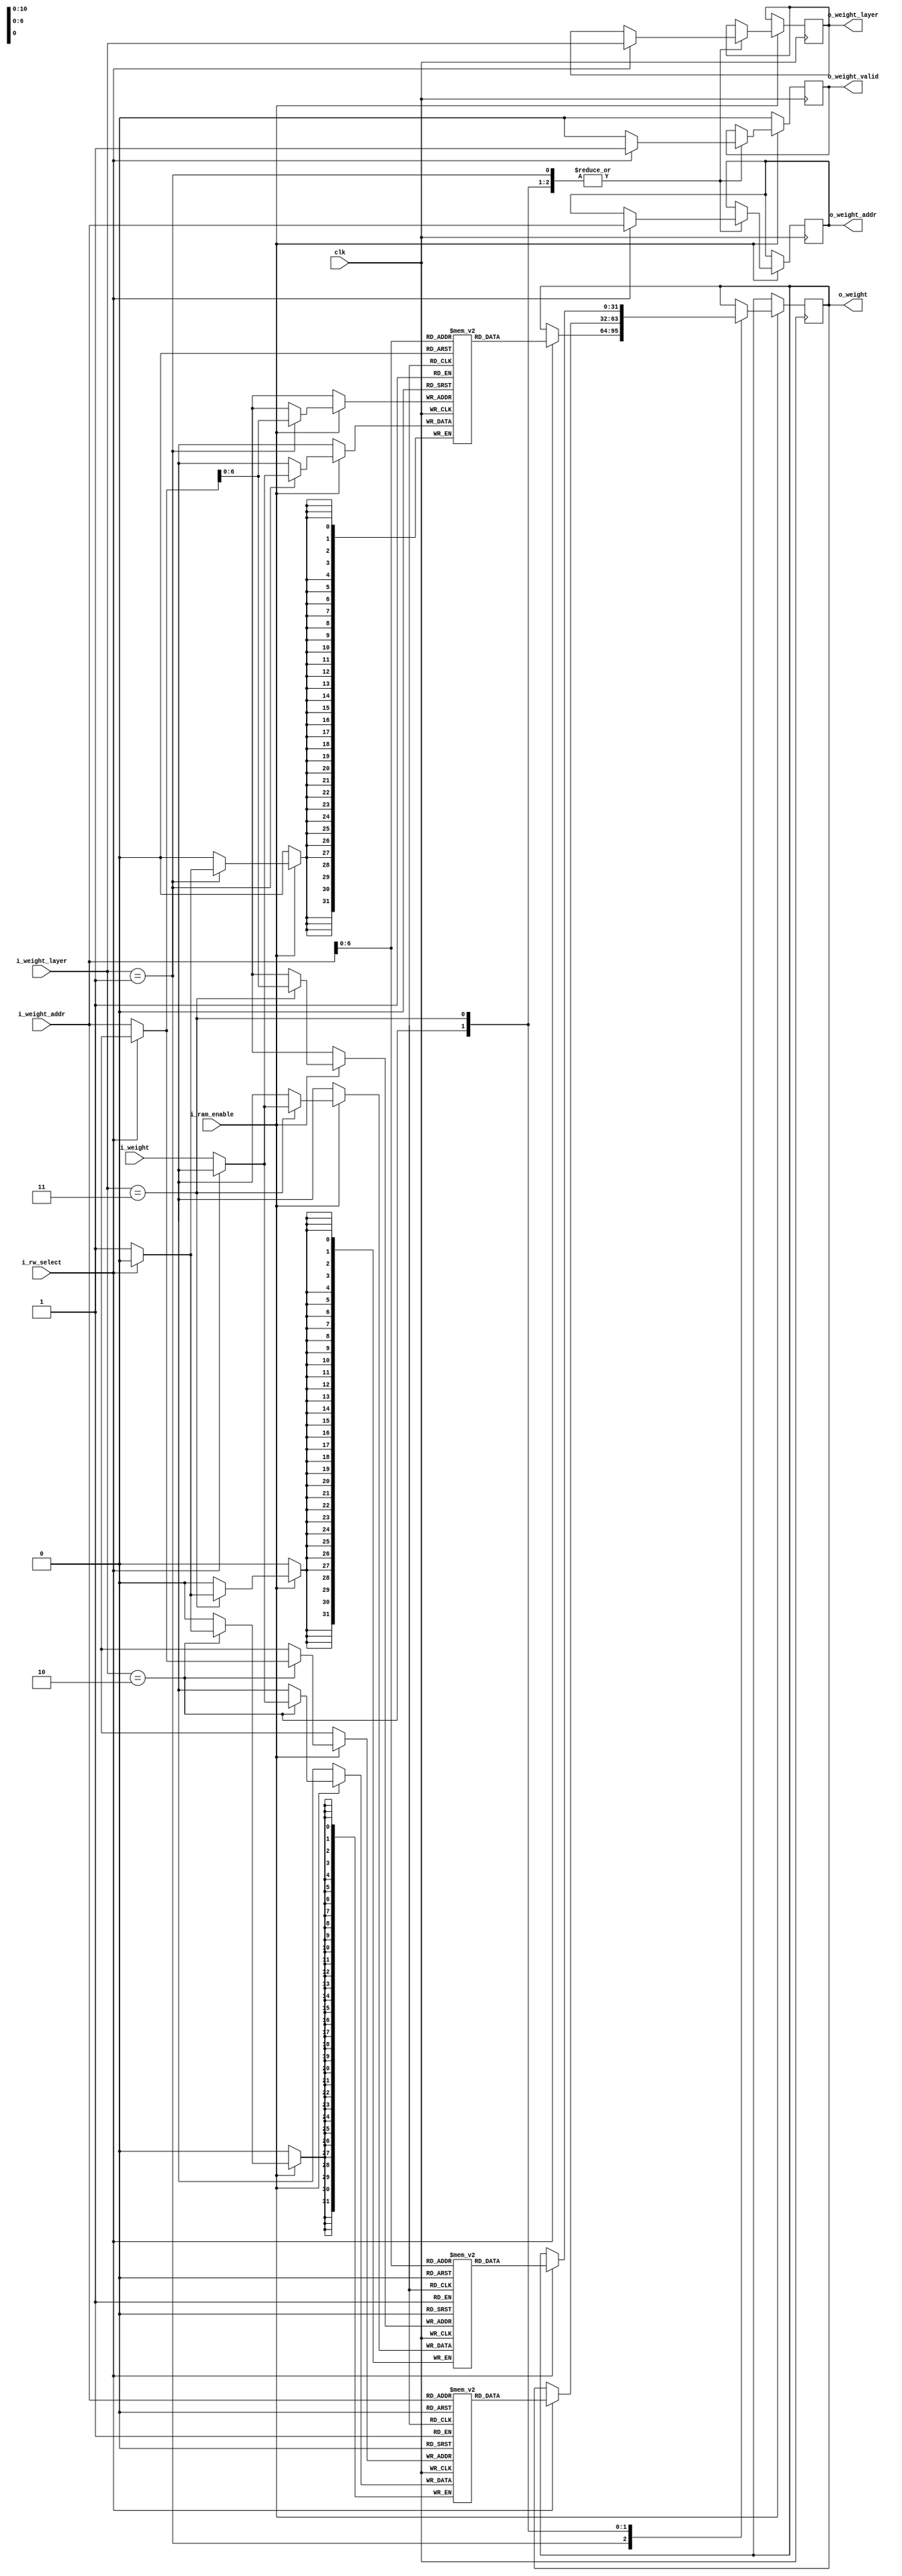
`timescale 1ns/1ps
module block_ram_weight
	#(	parameter DATA_WIDTH = 32,
		parameter LAYER_WIDTH = 2,
		parameter NUMBER_OF_INPUT_NODE = 2,
		parameter NUMBER_OF_HIDDEN_NODE_LAYER_1 = 32,
		parameter NUMBER_OF_HIDDEN_NODE_LAYER_2 = 32,
		parameter NUMBER_OF_OUTPUT_NODE = 3
	)
	(	clk,
		i_ram_enable,
		i_rw_select, // 1 for read, 0 for write
		i_weight_layer,
		i_weight_addr,
		i_weight,
		o_weight_valid,
		o_weight_layer,
		o_weight_addr,
		o_weight
	);
	
	localparam WEIGHT_COUNTER_WIDTH 	= 11;
	
	//------------------------input and output port-----------------------//
	input										clk;
	input										i_ram_enable;
	input										i_rw_select; // 1 for read, 0 for write
	input		[LAYER_WIDTH-1:0]				i_weight_layer;
	input 		[WEIGHT_COUNTER_WIDTH-1:0]		i_weight_addr;
	input 		[DATA_WIDTH-1:0] 				i_weight;
	output reg									o_weight_valid;
	output reg	[LAYER_WIDTH-1:0]				o_weight_layer;
	output reg	[WEIGHT_COUNTER_WIDTH-1:0]		o_weight_addr;
	output reg 	[DATA_WIDTH-1:0] 				o_weight;
	//--------------------------------------------------------------------//
	
	//-----------------------------------------------------------------------------------------------------------------//
	(* RAM_STYLE="BLOCK" *)
	reg [DATA_WIDTH-1:0] ram_weight_hidden_1 	[NUMBER_OF_HIDDEN_NODE_LAYER_1*(NUMBER_OF_INPUT_NODE+1)-1:0];
	reg [DATA_WIDTH-1:0] ram_weight_hidden_2 	[NUMBER_OF_HIDDEN_NODE_LAYER_2*(NUMBER_OF_HIDDEN_NODE_LAYER_1+1)-1:0];
	reg [DATA_WIDTH-1:0] ram_weight_outlayer 	[NUMBER_OF_OUTPUT_NODE*(NUMBER_OF_HIDDEN_NODE_LAYER_2+1)-1:0];
	//-----------------------------------------------------------------------------------------------------------------//
	
	always @(posedge clk) begin
		if (i_ram_enable) begin
			case (i_weight_layer)
				2'b01: // HIDDEN 1 LAYER
					begin
						if (i_rw_select) begin // read
							o_weight_valid <= 1;
							o_weight_layer <= i_weight_layer;
							o_weight_addr <= i_weight_addr;
							o_weight <= ram_weight_hidden_1[i_weight_addr];
						end
						else begin // write
							ram_weight_hidden_1[i_weight_addr] <= i_weight;
							o_weight_valid <= 0;
						end
					end
				2'b10: // HIDDEN 2 LAYER
					begin
						if (i_rw_select) begin // read
							o_weight_valid <= 1;
							o_weight_layer <= i_weight_layer;
							o_weight_addr <= i_weight_addr;
							o_weight <= ram_weight_hidden_2[i_weight_addr];
						end
						else begin // write
							ram_weight_hidden_2[i_weight_addr] <= i_weight;
							o_weight_valid <= 0;
						end
					end
				2'b11: // OUTPUT LAYER
					begin
						if (i_rw_select) begin // read
							o_weight_valid <= 1;
							o_weight_layer <= i_weight_layer;
							o_weight_addr <= i_weight_addr;
							o_weight <= ram_weight_outlayer[i_weight_addr];
						end
						else begin // write
							ram_weight_outlayer[i_weight_addr] <= i_weight;
							o_weight_valid <= 0;
						end
					end
			endcase
		end
		else o_weight_valid <= 0;
	end
	
	// function for clog2
	function integer clog2;
	input integer value;
	begin
		value = value-1;
		for (clog2=0; value>0; clog2=clog2+1)
			value = value>>1;
	end
	endfunction
	
endmodule